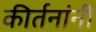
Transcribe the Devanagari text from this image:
कीर्तनांनी